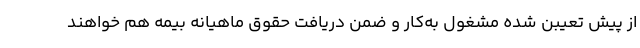
از پیش تعیبن شده مشغول به‌کار و ضمن دریافت حقوق ماهیانه بیمه هم خواهند